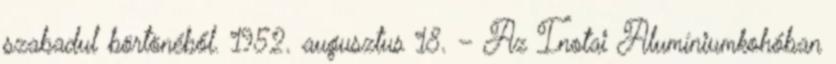
szabadul börtönéből. 1952. augusztus 18. – Az Inotai Alumíniumkohóban